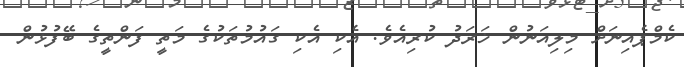
ކެމްޕެއިނަށް މިލިއަނުން ޚަރަދު ކުރިއެވެ. އެކި އެކި ގައުމުތަކުގެ މަތީ ފަންތީގެ ބޭފުޅުން